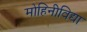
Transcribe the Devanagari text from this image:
मोहिनीविद्या